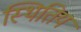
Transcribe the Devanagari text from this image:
स्थितिय